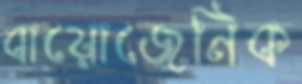
বায়োজেনিক